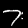
Digit: 7